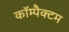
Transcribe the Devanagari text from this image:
कॉम्पैक्टम